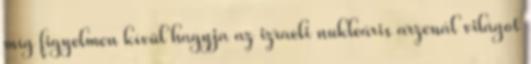
míg figyelmen kívül hagyja az izraeli nukleáris arzenál világot